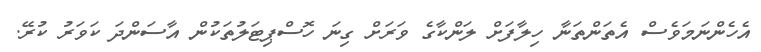
އެހެންނަމަވެސް އެތަންތަނާ ހިލާފަށް ލަންކާގެ ވަރަށް ގިނަ ހޮސްޕިޓަލުތަކުން އާސަންދަ ކަވަރު ކުރޭ.